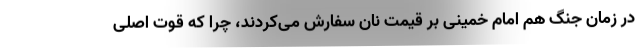
در زمان جنگ هم امام خمینی بر قیمت نان سفارش می‌کردند، چرا که قوت اصلی